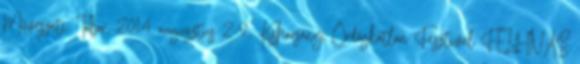
Művészeti Tábor, 2014. augusztus 2-9., Kisharsány, Ördögkatlan Fesztivál FELHÍVÁS